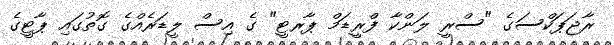
ރާޖަޕަކްސަގެ "ސްރީ ލަންކާ ފްރީޑަމް ޕާރޓީ" ގެ އިސް ލީޑަރެއްގެ ގޮތުގައި ޕާޓީގެ